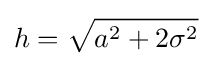
h={\sqrt {a^{2}+2\sigma ^{2}}}